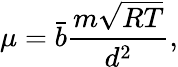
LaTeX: \mu=\bar{b}\frac{m\sqrt{RT}}{d^{2}},